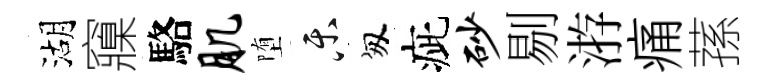
湖䆿駱肌堕乐匆疵砂剔㳺痛蓀